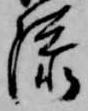
添